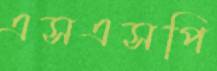
এসএসপি